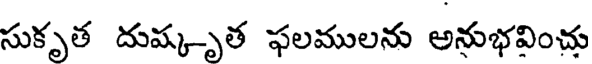
సుకృత దుష్కృత ఫలములను అనుభవించు